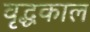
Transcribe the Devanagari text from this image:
वृद्धकाल